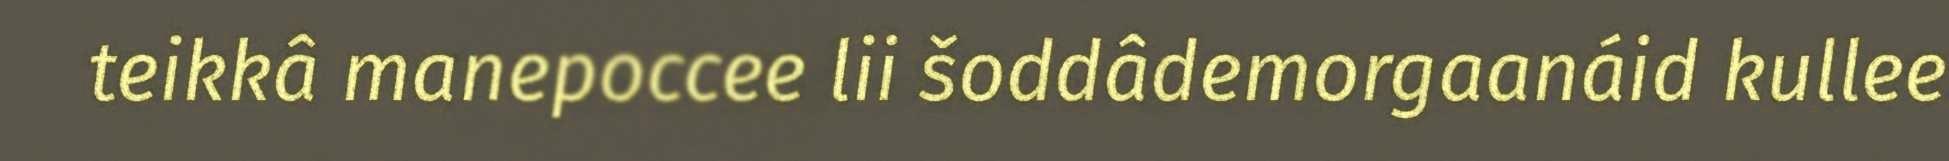
teikkâ manepoccee lii šoddâdemorgaanáid kullee